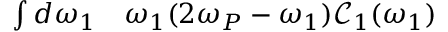
\begin{array} { r l } { \int d \omega _ { 1 } } & { { } \omega _ { 1 } ( 2 \omega _ { P } - \omega _ { 1 } ) \mathcal { C } _ { 1 } ( \omega _ { 1 } ) } \end{array}